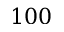
1 0 0